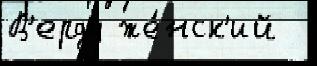
В'ерду же́нск'ий